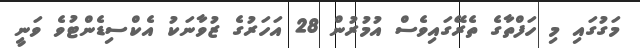
މަގުގައި މި ހަފްތާގެ ތެރޭގައިވެސް އުމުރުން 28 އަހަރުގެ ޒުވާނަކު އެކްސިޑެންޓުވެ ވަނީ